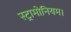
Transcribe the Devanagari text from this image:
स्ट्रामोनियम।